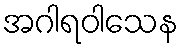
အဂါရဝါသေန